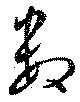
数